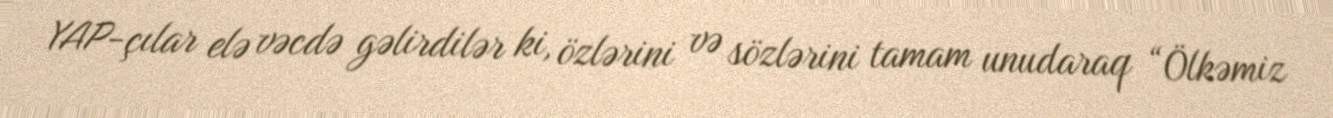
YAP-çılar elə vəcdə gəlirdilər ki, özlərini və sözlərini tamam unudaraq “Ölkəmiz